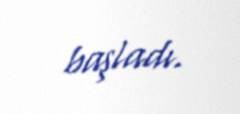
başladı.